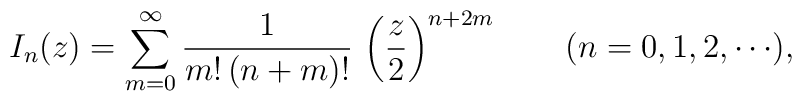
I_n (z)	=	\sum_{m=0}^{\infty} \frac{1}{ m! \, (n+m)! } \,	\left( \frac z2 \right)^{n+2m}	\qquad	(n=0, 1, 2, \cdots) ,